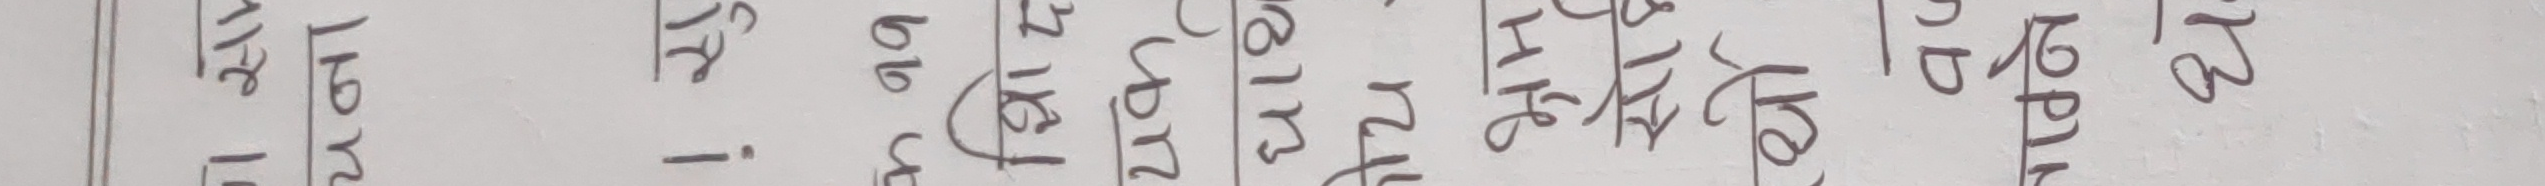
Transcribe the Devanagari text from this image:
१८ | १९४. बाबु आयो। रुच माथिल्लो भाग